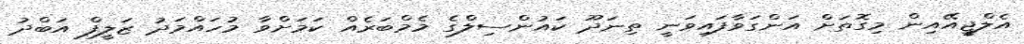
އެލްޖީއޭއިން މިގޮތަށް އަންގަވާފައިވަނީ ތިނަދޫ ކައުންސިލްގެ މެމްބަރެއް ކަމަށްވާ މުހައްމަދު ޒަލީފް އަބްދު